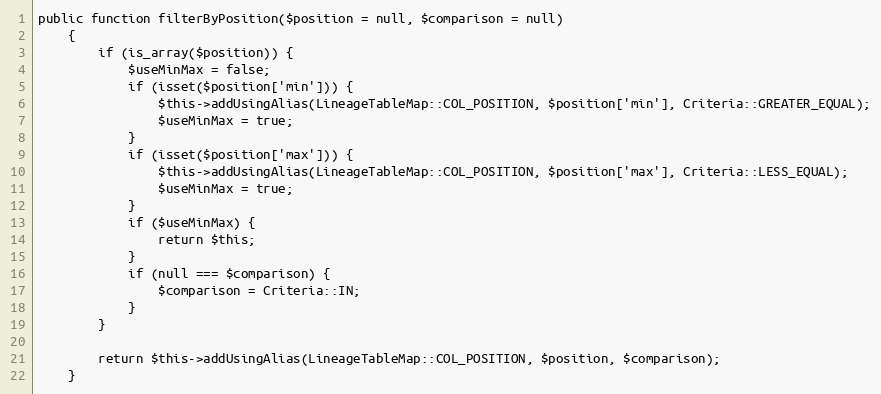
Language: PHP
public function filterByPosition($position = null, $comparison = null)
    {
        if (is_array($position)) {
            $useMinMax = false;
            if (isset($position['min'])) {
                $this->addUsingAlias(LineageTableMap::COL_POSITION, $position['min'], Criteria::GREATER_EQUAL);
                $useMinMax = true;
            }
            if (isset($position['max'])) {
                $this->addUsingAlias(LineageTableMap::COL_POSITION, $position['max'], Criteria::LESS_EQUAL);
                $useMinMax = true;
            }
            if ($useMinMax) {
                return $this;
            }
            if (null === $comparison) {
                $comparison = Criteria::IN;
            }
        }

        return $this->addUsingAlias(LineageTableMap::COL_POSITION, $position, $comparison);
    }